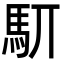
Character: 䭶